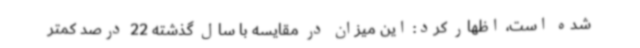
شده است، اظهار کرد: این میزان در مقایسه با سال گذشته 22 درصد کمتر